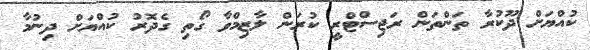
ކުއްޔަށް ދޫކުރާ ތަންތަން ރަޖިސްޓްރީ ކުރަން ލާޒިމްވާ ގޯތި ގެދޮރު ކުއްޔަށް ދިނުމާ